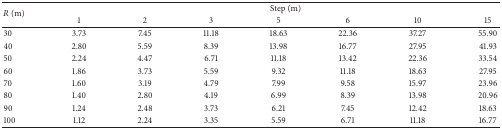
<table><thead><tr><td rowspan="2"><b><i>R</i> (m)</b></td><td colspan="7"><b>Step (m)</b></td></tr><tr><td><b>1</b></td><td><b>2</b></td><td><b>3</b></td><td><b>5</b></td><td><b>6</b></td><td><b>10</b></td><td><b>15</b></td></tr></thead><tbody><tr><td>30</td><td>3.73</td><td>7.45</td><td>11.18</td><td>18.63</td><td>22.36</td><td>37.27</td><td>55.90</td></tr><tr><td>40</td><td>2.80</td><td>5.59</td><td>8.39</td><td>13.98</td><td>16.77</td><td>27.95</td><td>41.93</td></tr><tr><td>50</td><td>2.24</td><td>4.47</td><td>6.71</td><td>11.18</td><td>13.42</td><td>22.36</td><td>33.54</td></tr><tr><td>60</td><td>1.86</td><td>3.73</td><td>5.59</td><td>9.32</td><td>11.18</td><td>18.63</td><td>27.95</td></tr><tr><td>70</td><td>1.60</td><td>3.19</td><td>4.79</td><td>7.99</td><td>9.58</td><td>15.97</td><td>23.96</td></tr><tr><td>80</td><td>1.40</td><td>2.80</td><td>4.19</td><td>6.99</td><td>8.39</td><td>13.98</td><td>20.96</td></tr><tr><td>90</td><td>1.24</td><td>2.48</td><td>3.73</td><td>6.21</td><td>7.45</td><td>12.42</td><td>18.63</td></tr><tr><td>100</td><td>1.12</td><td>2.24</td><td>3.35</td><td>5.59</td><td>6.71</td><td>11.18</td><td>16.77</td></tr></tbody></table>